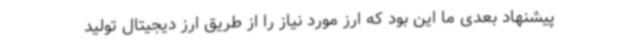
پیشنهاد بعدی ما این بود که ارز مورد نیاز را از طریق ارز دیجیتال تولید